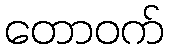
တောဝက်